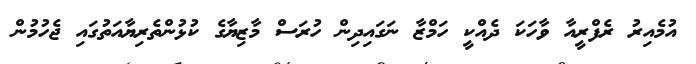
އުމެއިރު ރެފްރީއާ ވާހަކަ ދެއްކީ ހަމްޒާ ނަގައިދިން ހުރަސް މާޒިޔާގެ ކުޅުންތެރިޔާއަތުގައި ޖެހުމުން